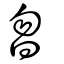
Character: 曶